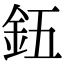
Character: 𮡨